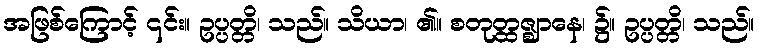
အဖြစ်ကြောင့် ၎င်း။ ဥပ္ပတ္တိ၊ သည်။ သိယာ၊ ၏။ စတုတ္ထဇ္ဈာနေ၊ ၌။ ဥပ္ပတ္တိ၊ သည်။